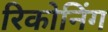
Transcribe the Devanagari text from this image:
रिकोनिंग